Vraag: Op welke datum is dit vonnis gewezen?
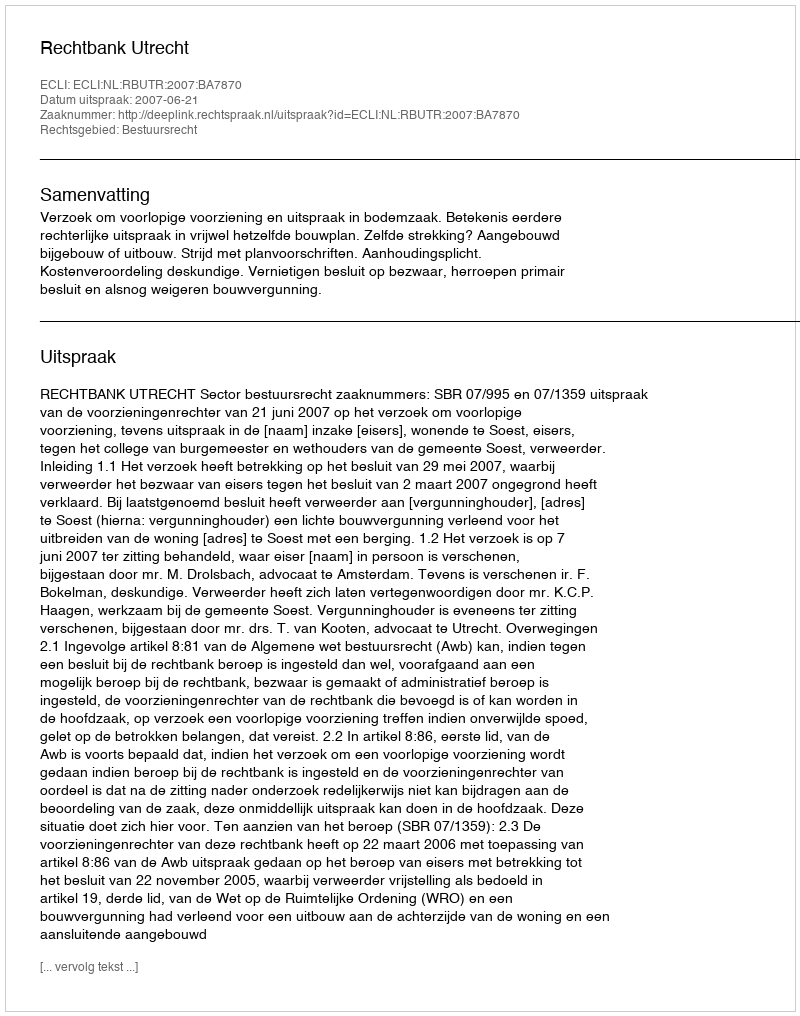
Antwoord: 2007-06-21